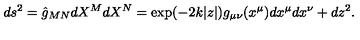
d s ^ { 2 } = \hat { g } _ { M N } d X ^ { M } d X ^ { N } = \exp ( - 2 k | z | ) g _ { \mu \nu } ( x ^ { \mu } ) d x ^ { \mu } d x ^ { \nu } + d z ^ { 2 } .